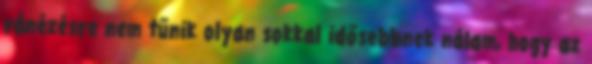
ránézésre nem tűnik olyan sokkal idősebbnek nálam, hogy az